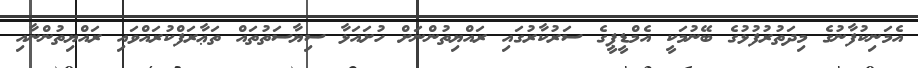
އެމަނިކުފާނުގެ މިދަތުރުފުޅުގެ ބޭނުމަކީ އެމްޑީޕީގެ ސަރުކާރުގައި ރައްޔިތުންނަށް ހުށައަޅާ ސިޔާސަތުތައް ތަޢާރަފްކުރައްވައި ރައްޔިތުންނާއި